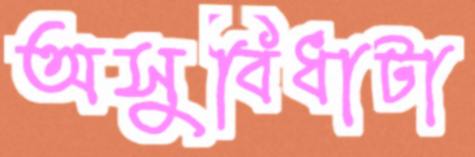
অসুবিধাটা